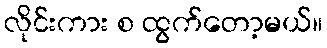
လိုင်းကား စ ထွက်တော့မယ်။